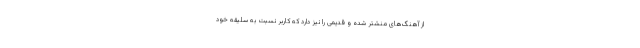
از آهنگ‌های منشتر شده و قدیمی را نیز دارد که کاربر نسبت به سلیقه خود